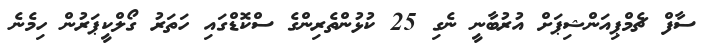
ސާފް ޗެމްޕިއަންޝިޕަށް އުރުބާނީ ނެގި 25 ކުޅުންތެރިންގެ ސްކޮޑްގައި ހަތަރު ގޯލްކީޕަރުން ހިމެނެ